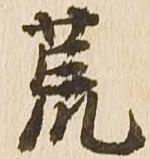
荒